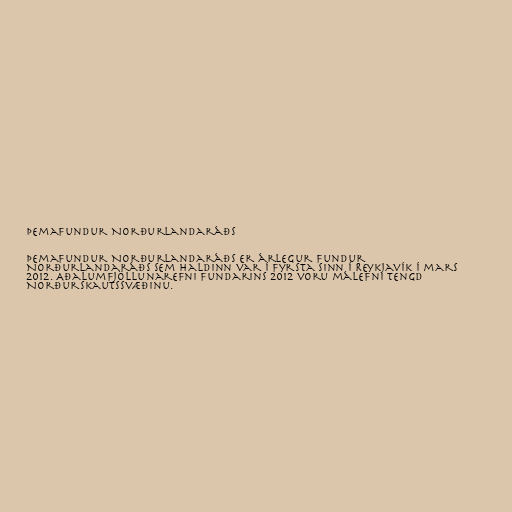
Þemafundur Norðurlandaráðs

Þemafundur Norðurlandaráðs er árlegur fundur
Norðurlandaráðs sem haldinn var í fyrsta sinn í Reykjavík í mars
2012. Aðalumfjöllunarefni fundarins 2012 voru málefni tengd
Norðurskautssvæðinu.